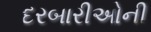
દરબારીઓની